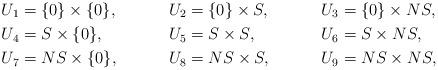
LaTeX: \begin{align*}U_1&=\{0\} \times \{0\}, &U_2&=\{0\} \times S, & U_3&=\{0\} \times NS, \\U_4&=S \times \{0\}, &U_5&=S \times S, & U_6&=S \times NS, \\U_7&=NS \times \{0\}, &U_8&=NS \times S, & U_9&=NS \times NS,\end{align*}